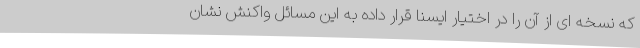
که نسخه ای از آن را در اختیار ایسنا قرار داده به این مسائل واکنش نشان